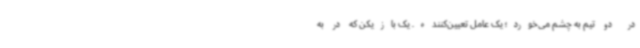
در دو تیم به چشم می‌خورد؛ یک عامل تعیین‌کننده. یک بازیکن که در به